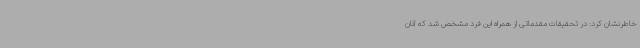
خاطرنشان کرد: در تحقیقات مقدماتی از همراه این فرد مشخص شد که آنان